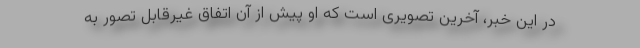
در این خبر، آخرین تصویری است که او پیش از آن اتفاق غیرقابل تصور به